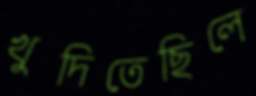
খুদিতেছিলে